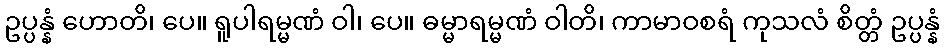
ဥပ္ပန္နံ ဟောတိ၊ ပေ။ ရူပါရမ္မဏံ ဝါ၊ ပေ။ ဓမ္မာရမ္မဏံ ဝါတိ၊ ကာမာဝစရံ ကုသလံ စိတ္တံ ဥပ္ပန္နံ